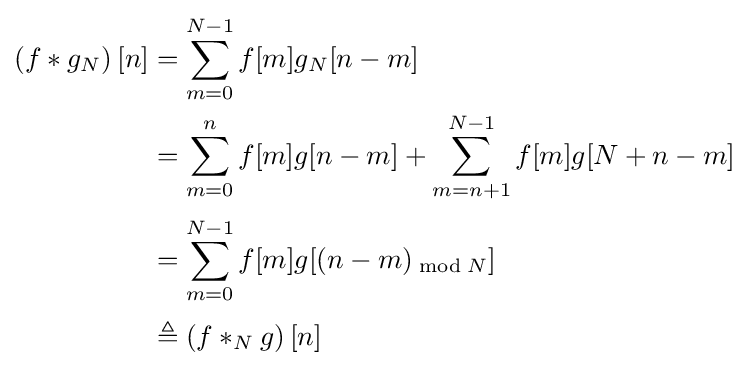
{\begin{aligned}\left(f*g_{N}\right)[n]&=\sum _{m=0}^{N-1}f[m]g_{N}[n-m]\\&=\sum _{m=0}^{n}f[m]g[n-m]+\sum _{m=n+1}^{N-1}f[m]g[N+n-m]\\[2pt]&=\sum _{m=0}^{N-1}f[m]g[(n-m)_{\bmod {N}}]\\[2pt]&\triangleq \left(f*_{N}g\right)[n]\end{aligned}}